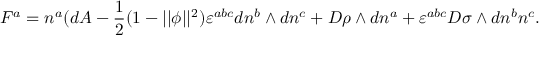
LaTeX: F ^ { a } = n ^ { a } ( d A - \frac 1 2 ( 1 - | | \phi | | ^ { 2 } ) \varepsilon ^ { a b c } d n ^ { b } \wedge d n ^ { c } + D \rho \wedge d n ^ { a } + \varepsilon ^ { a b c } D \sigma \wedge d n ^ { b } n ^ { c } .